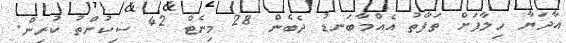
އާދަޔާ ހިލާފަށް ތަފާތު އެއްމާބަނޑު ދެބެން 28 މިނެޓް 42 ސިކުންތު ކުރިން.